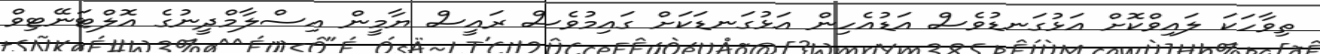
ތިވާހަކަ ލައިވްކޮށް އަޅުގަނޑުވެސް އަޑުއެހިން އަޅުގަނޑަކަށް ގައިމުވެސް ރައީސް ޔާމީން އިސްލާމްދީނުގެ އޮލްޓަނޭޓިވް